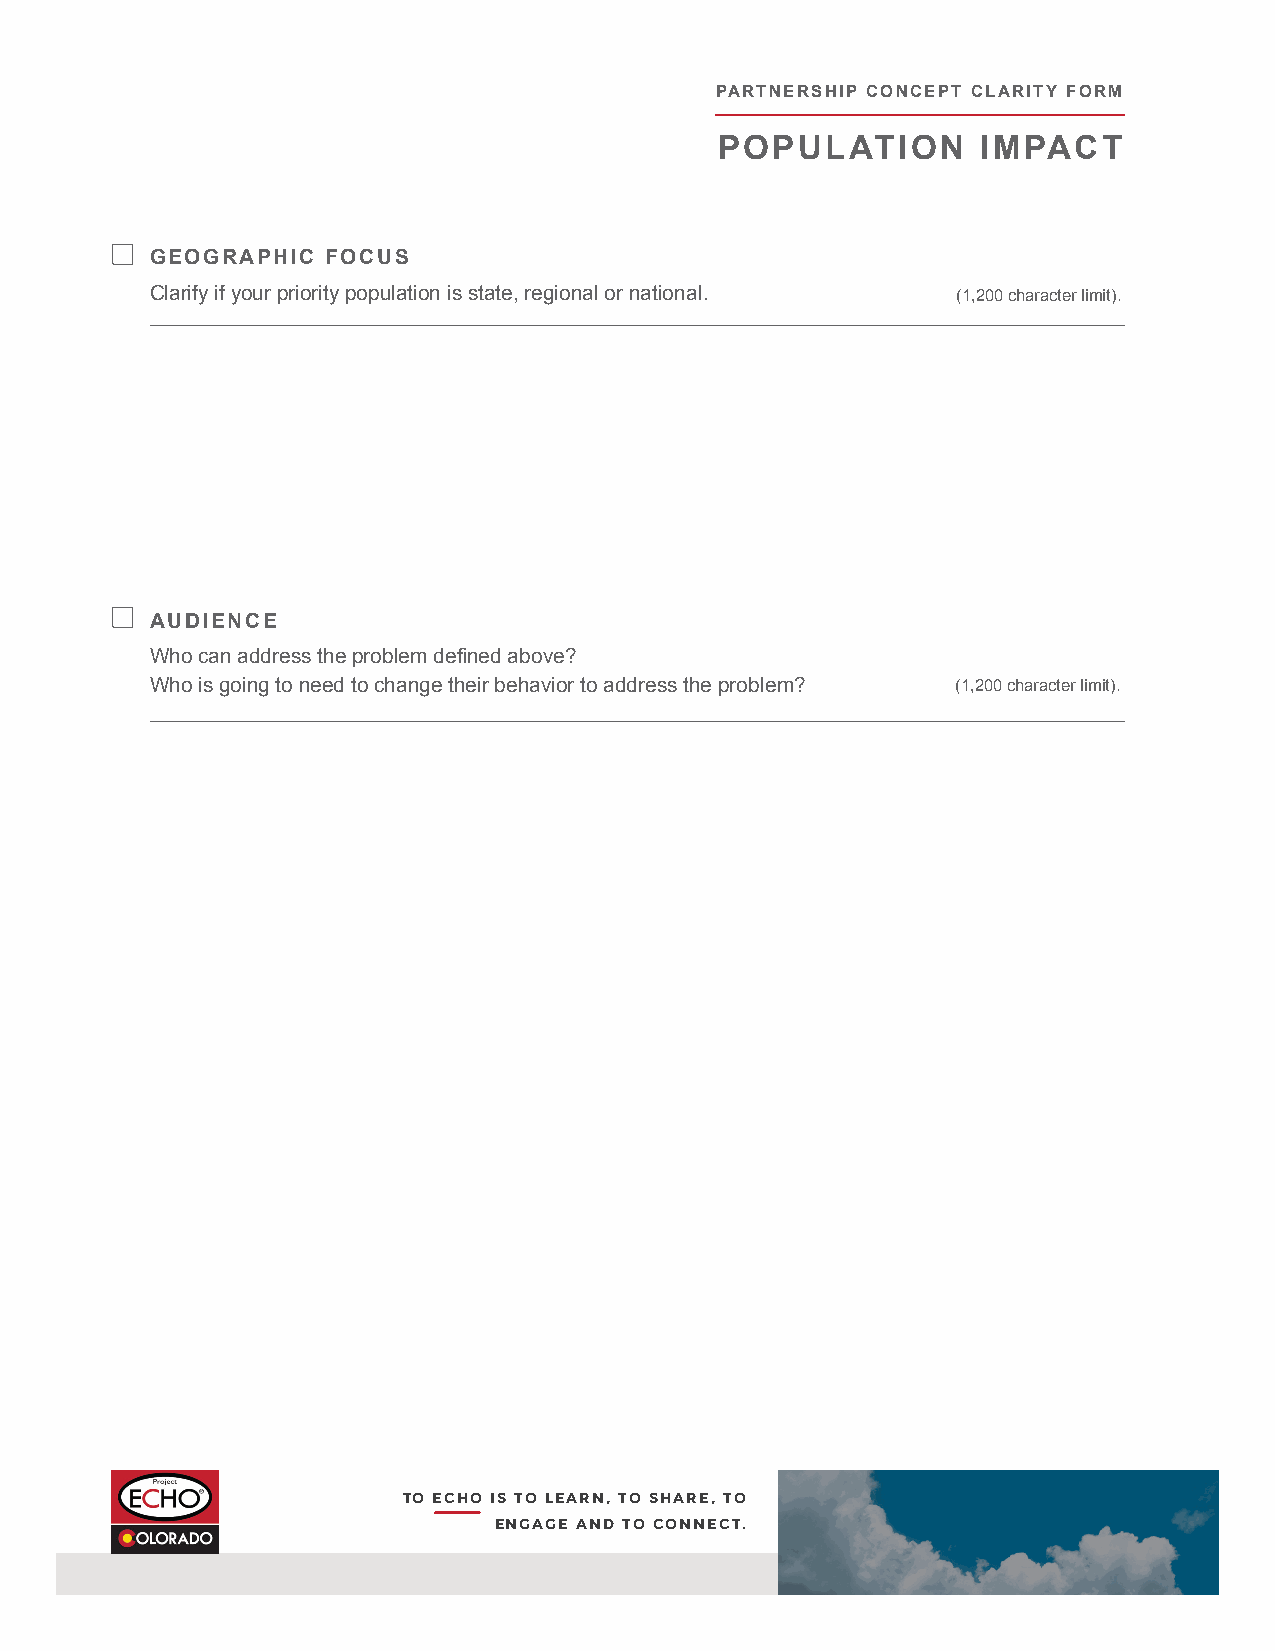
PARTNERSHIP CONCEPT CLARITY FORM
 POPULATION       IMPACT
 GEOGRAPHIC  FOCUS
 Clarify if your priority population is state, regional or national. (1,200 character limit).
 AUDIENCE
 Who can address the problem defined above?
 Who is going to need to change their behavior to address the problem? (1,200 character limit).
 TO ECHO IS TO LEARN, TO SHARE, TO
 ENGAGE AND TO CONNECT.